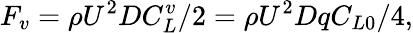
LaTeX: {F_{v}}=\rho{U^{2}}DC_{L}^{v}/2=\rho{U^{2}}Dq{C_{L0}}/4,